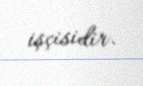
işçisidir.